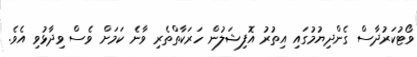
ވޯޓުކަރުދާސް ގެންދިޔުމުގައި އިތުރު އޮފިޝަލުން ހަރަކާތްތެރި ވާނެ ކަމަށް ވެސް ވިދާޅުވި އެވެ.